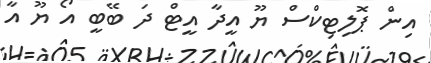
އިން ޕޮލިޓިކްސް ޔޫ އީދާ އީޓް ދަ ބޭބީ އޯ ޔޫ އާ